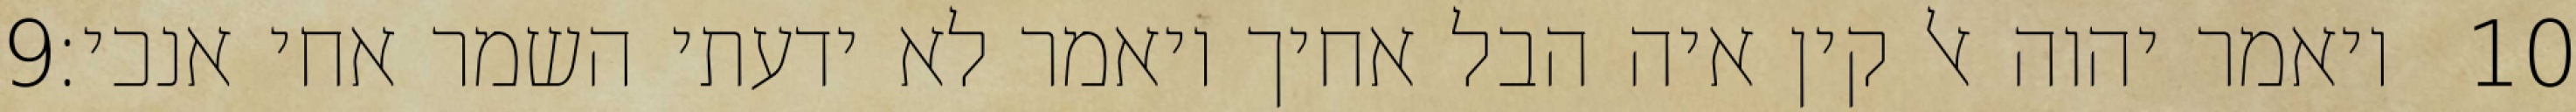
‎9‏ ויאמר יהוה אל קין איה הבל אחיך ויאמר לא ידעתי השמר אחי אנכי׃ ‎10‏